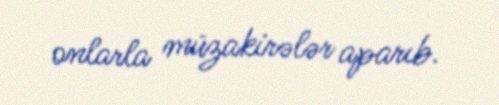
onlarla müzakirələr aparıb.